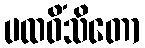
ပထဝိံသိတော